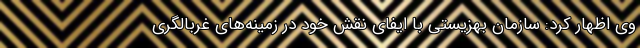
وی اظهار کرد: سازمان بهزیستی با ایفای نقش خود در زمینه‌های غربالگری